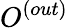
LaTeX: O^{(out)}